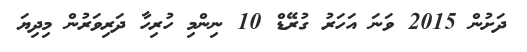
ދަށުން 2015 ވަނަ އަހަރު ގުރޭޑް 10 ނިންމި ހުރިހާ ދަރިވަރުން މިދިޔަ